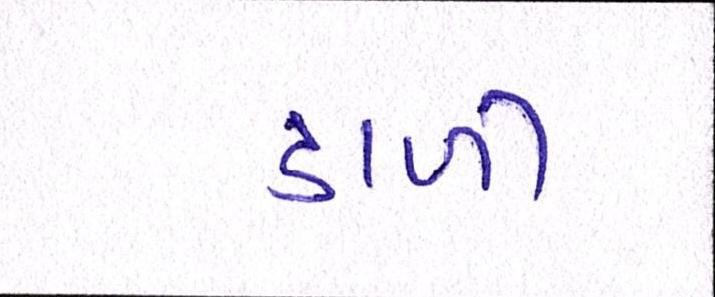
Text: ડાળી